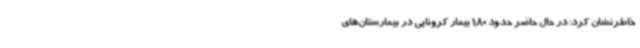
خاطرنشان کرد: در حال حاضر حدود 180 بیمار کرونایی در بیمارستان‌های